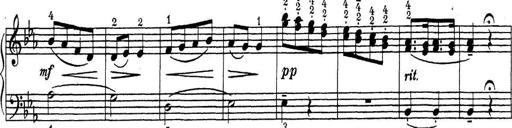
Title: ÄŒeskÃ© Sonatiny
Composer: Various